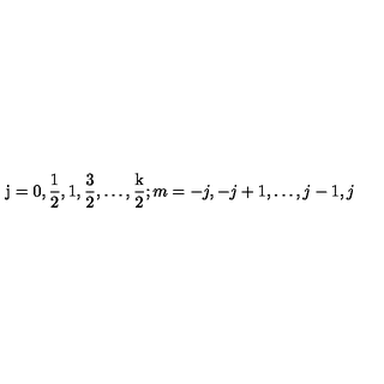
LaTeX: \mathrm { j = 0 , \frac 1 2 , 1 , \frac 3 2 , \dots , \frac k 2 } ; m = - j , - j + 1 , \dots , j - 1 , j